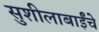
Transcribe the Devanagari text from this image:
सुशीलाबाईंचे